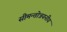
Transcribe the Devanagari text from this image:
सीमन्तोन्नयनीय